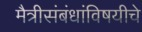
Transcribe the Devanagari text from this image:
मैत्रीसंबंधांविषयीचे